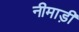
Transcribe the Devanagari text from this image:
नीमाड़ी